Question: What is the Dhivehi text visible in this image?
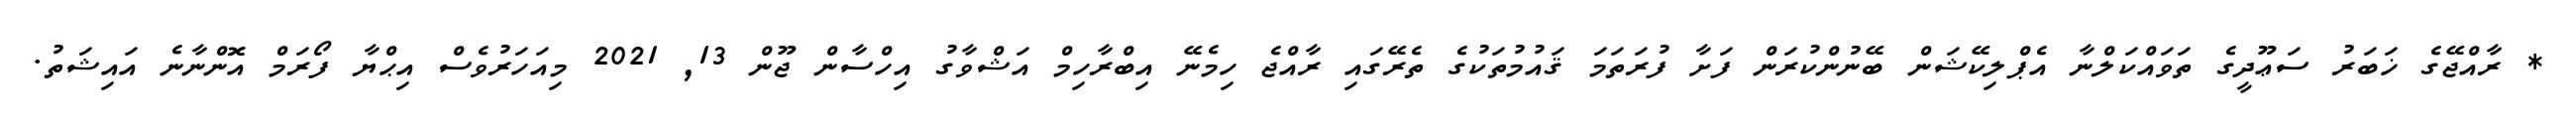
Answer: * ރާއްޖޭގެ ޚަބަރު ސަޢޫދީގެ ތަވައްކަލްނާ އެޕްލިކޭޝަން ބޭނުންކުރަން ފަށާ ފުރަތަމަ ޤައުމުތަކުގެ ތެރޭގައި ރާއްޖެ ހިމެނޭ އިބްރާހިމް އަޝްވާގު އިހްސާން ޖޫން 13, 2021 މިއަހަރުވެސް އިޙްޔާ ފޯރަމް އޮންނާނެ އައިޝަތު.